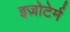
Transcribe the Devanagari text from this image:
इज़ोटेर्म